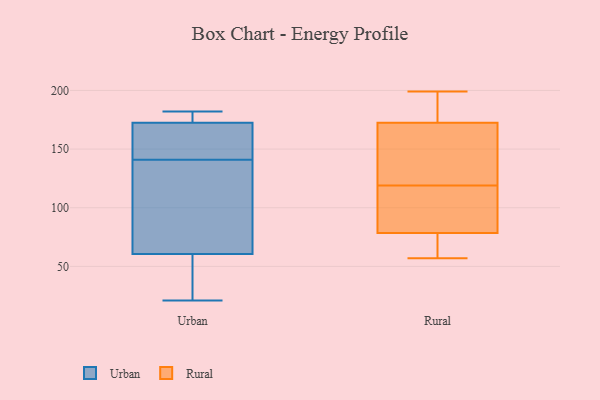
{"axis": {"x": "Customer Acquisition Cost (USD)", "y": "Value"}, "legend": ["Rural", "Urban"], "data": [{"x": "", "y": 176, "type": "Urban"}, {"x": "", "y": 44, "type": "Urban"}, {"x": "", "y": 21, "type": "Urban"}, {"x": "", "y": 156, "type": "Urban"}, {"x": "", "y": 147, "type": "Urban"}, {"x": "", "y": 182, "type": "Urban"}, {"x": "", "y": 42, "type": "Urban"}, {"x": "", "y": 169, "type": "Urban"}, {"x": "", "y": 181, "type": "Urban"}, {"x": "", "y": 85, "type": "Urban"}, {"x": "", "y": 135, "type": "Urban"}, {"x": "", "y": 77, "type": "Urban"}, {"x": "", "y": 190, "type": "Rural"}, {"x": "", "y": 82, "type": "Rural"}, {"x": "", "y": 57, "type": "Rural"}, {"x": "", "y": 140, "type": "Rural"}, {"x": "", "y": 194, "type": "Rural"}, {"x": "", "y": 157, "type": "Rural"}, {"x": "", "y": 74, "type": "Rural"}, {"x": "", "y": 114, "type": "Rural"}, {"x": "", "y": 70, "type": "Rural"}, {"x": "", "y": 188, "type": "Rural"}, {"x": "", "y": 103, "type": "Rural"}, {"x": "", "y": 75, "type": "Rural"}, {"x": "", "y": 199, "type": "Rural"}, {"x": "", "y": 144, "type": "Rural"}, {"x": "", "y": 124, "type": "Rural"}, {"x": "", "y": 111, "type": "Rural"}]}